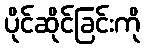
ပိုင်ဆိုင်ခြင်းကို